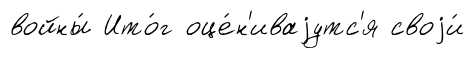
войны́ Ито́г оце́н'иваjутс'я своjи́